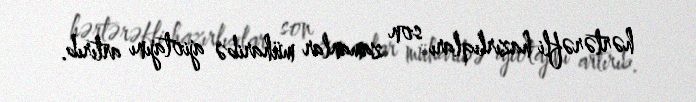
hərtərəfli hazırlıqları son zamanlar müharibə ajiotajını artırıb.